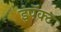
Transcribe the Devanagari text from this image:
इंपॅक्ट